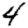
Digit: 4